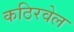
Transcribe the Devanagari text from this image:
कठिरवेल